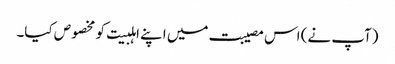
(آپ نے) اس مصیبت میں اپنے اہلبیت کو مخصوص کیا۔